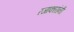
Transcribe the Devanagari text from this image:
रजाकारांनी